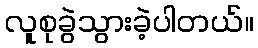
လူစုခွဲသွားခဲ့ပါတယ်။